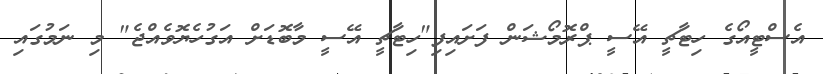
އެސްޓީއޯގެ ހިޓާޗީ އޭސީ ޕްރޮމޯޝަން ފަށައިފި"ހިޓާޗީ އޭސީ މާބޮޑަށް އަގުހެޔޮވެއްޖެ" މި ނަމުގައި